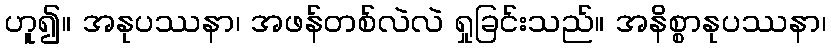
ဟူ၍။ အနုပဿနာ၊ အဖန်တစ်လဲလဲ ရှုခြင်းသည်။ အနိစ္စာနုပဿနာ၊